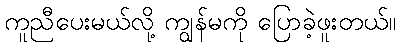
ကူညီပေးမယ်လို့ ကျွန်မကို ပြောခဲ့ဖူးတယ်။